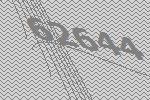
62644